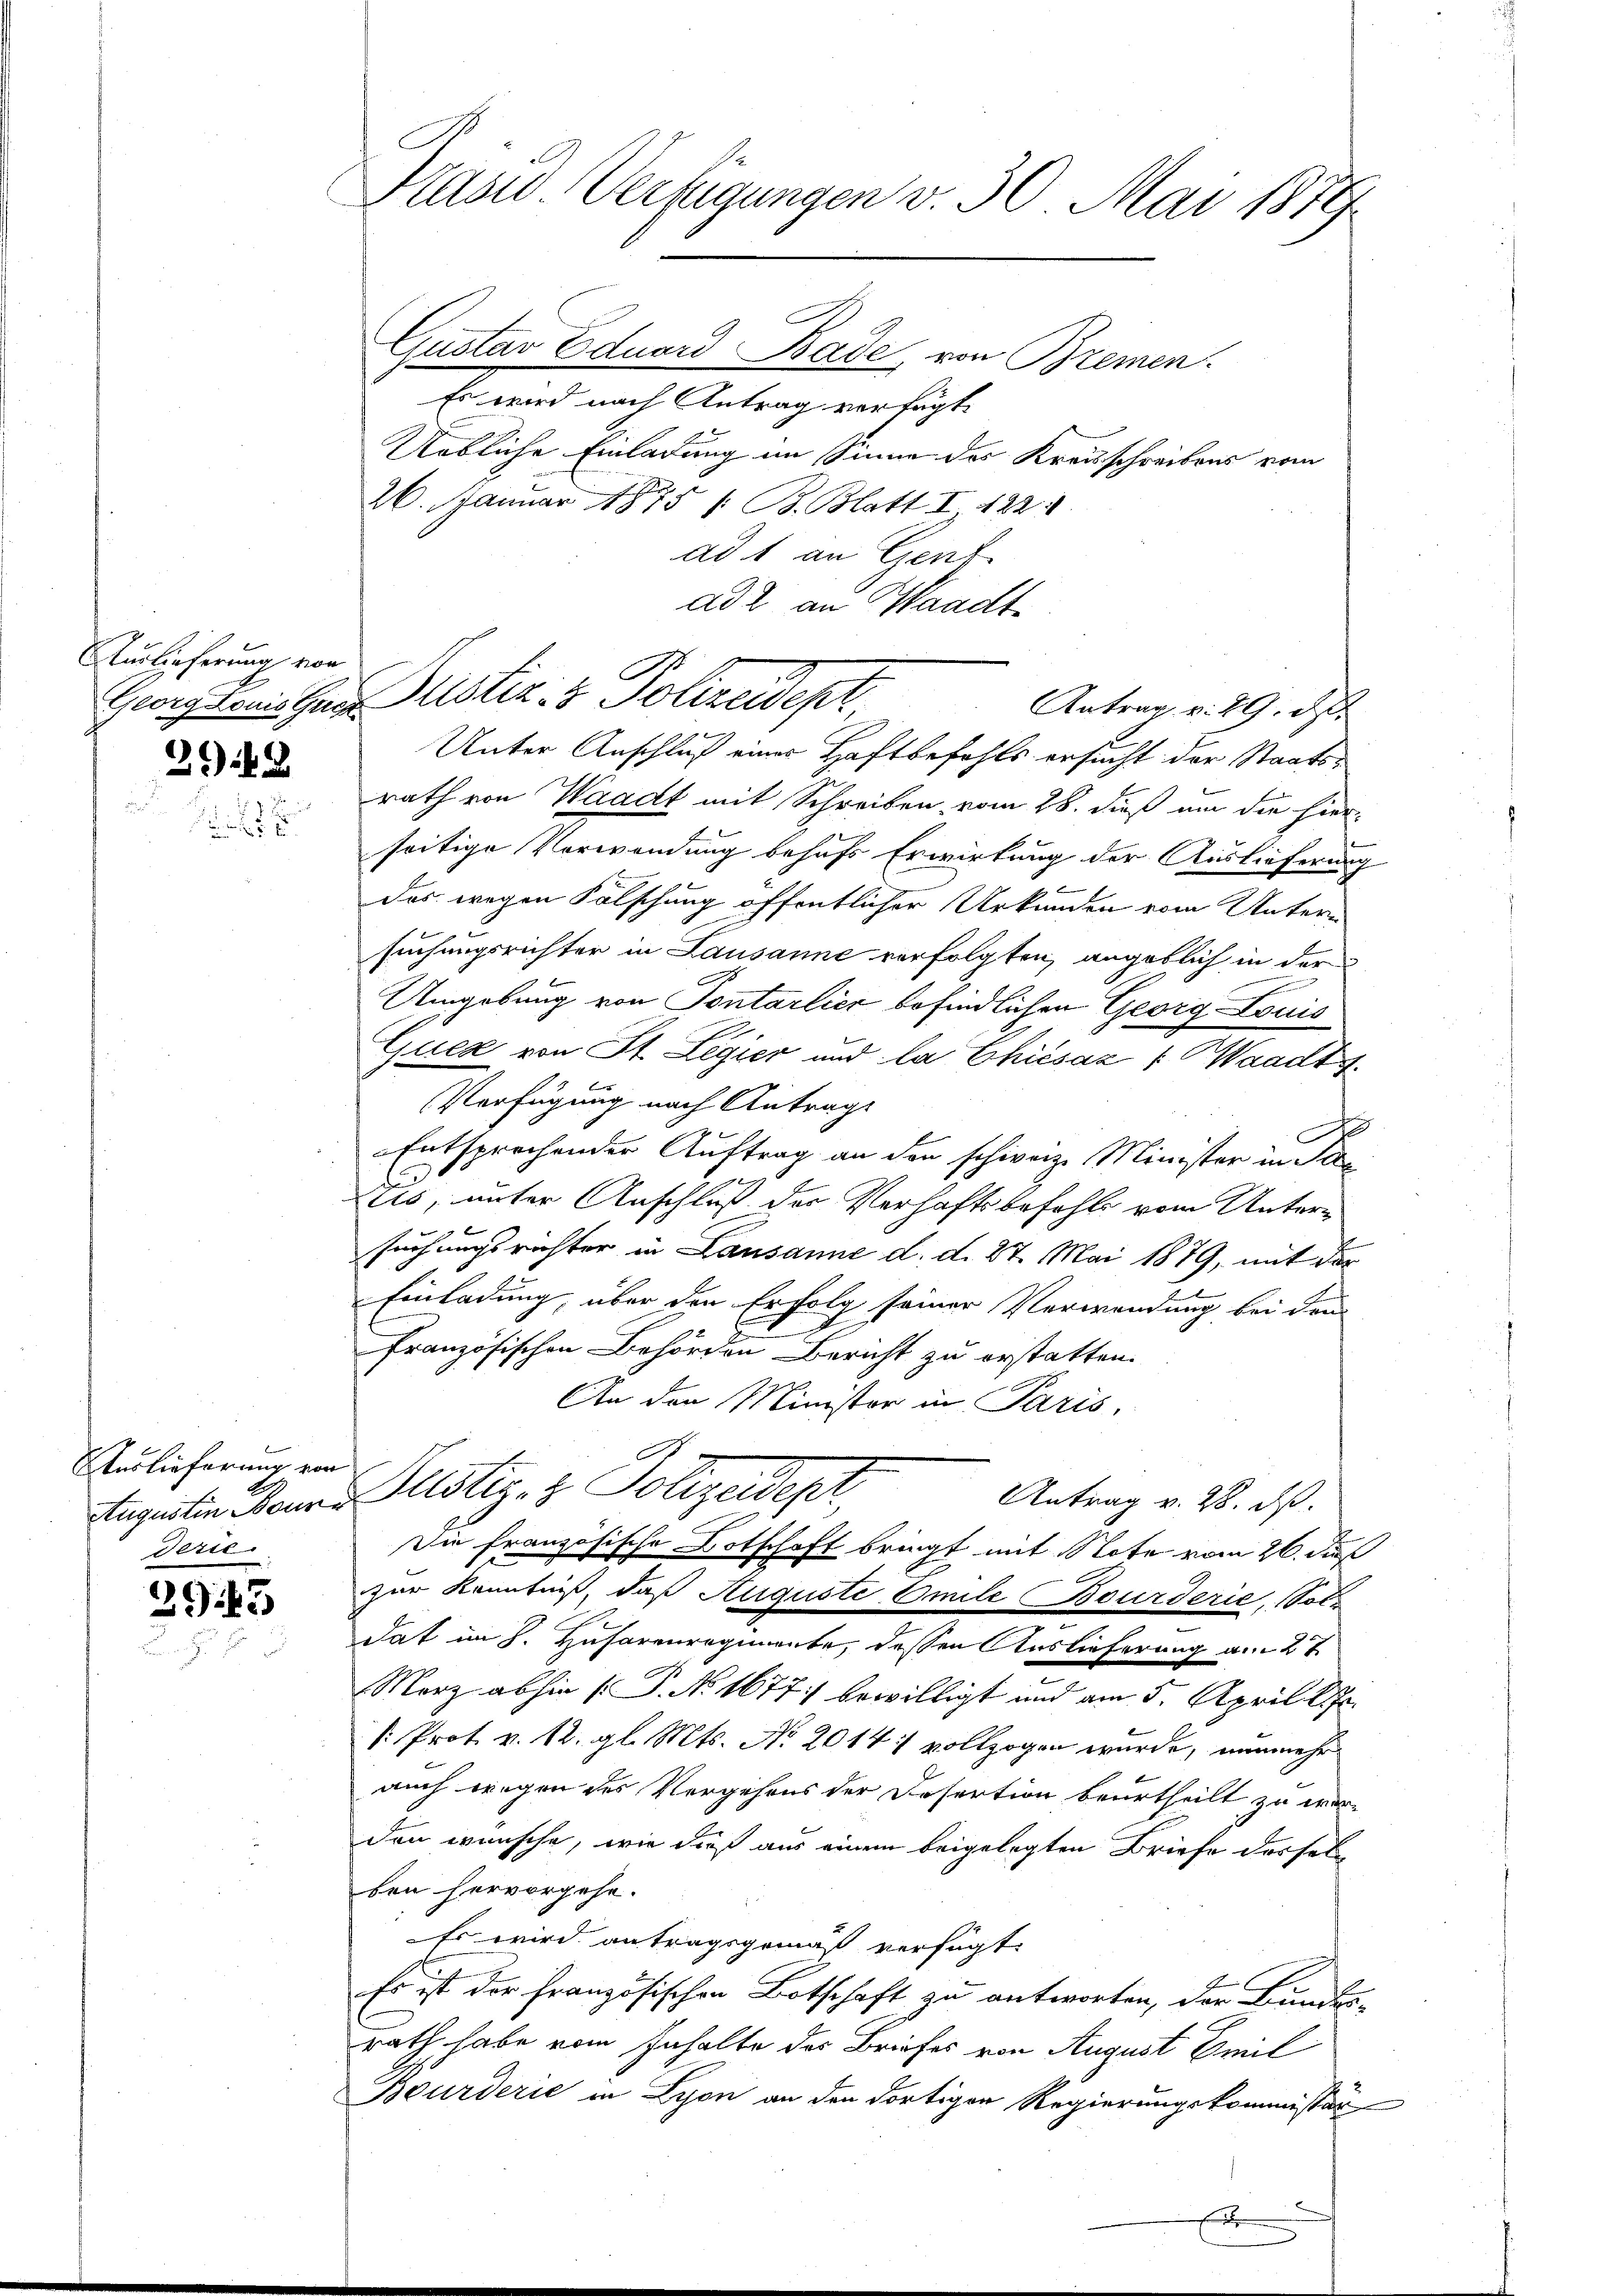
Zurlieferung von
Georg Louis Guts

2048

K
Auslieferung von
derie.

2945

Pasid Verfügungen v. 30. Mai 1879.

Gustav Eduard Bade, von Bremen
Es wird nach Antrag verfügt,
Uebliche Einladung im Sinne des Kreisschreibens vom
26. Januar 1875 /: B. Blatt I. 422.
ad 1 an Genf
ad 2. an Waadt

Puster. v. Polizeidepr
Antrag v. 29. d.

Unter Anschluß einer Haftbefehls ersucht der Staatsrath von Waadt mit Schreiben vom 28. dieß um die hier-
seitige Verwendung behufs Erwirkung der Auslieferung
.
Das wegen Fälschung öffentlicher Urkunden vom Untern
suchungsrichter in Lausanne verfolgten, angeblich in der
n
Umgebung von Pontarlier befindlichen Georg Louis
Quex von St. Legier und la Chiesaz ( Waadt
Verfügung nach Antrag
s
C
Entsprechender Auftrag an den schweiz. Minister in Sta
2
tis, unter Anschluß der Verhaftsbefehls vom Untersuchungsrichter in Lausanne d. d. 27. Mai 1879, mit der
Einladung, über den Erfolg seiner Verwendung bei den
französischen Behörden Bericht zu erstatten.
An den Minister in Paris,
Augustin Mann lustiz- & Polizeident,
Antrag v. 28. ds.
Die französische Botschaft bringt mit Stote vom 26. daß
zur Kenntniß, daß Auguste Emile Bourderie, Sol
dat im 8. Husarenregimente, dessen Auslieferung a. 27
Marz abhin (P. No 1677 bewilligt und am 5. April l.
: Prof. v. 12. gl. Mts. No 2014 vollzogen wurde, nunmehr
auch wegen des Vergehens der Desertion beurtheilt zu werden wünsche, wie dieß aus einem beigelegten Briefe dessel
ben hervorgehe.
Es wird antragsgemäß verfügt:
Es ist der französischen Botschaft zu antworten, der Bundes-
rath habe vom Inhalte des Briefes von August Emil
Bourderie in Lyon an den dortigen Regierungskommissär